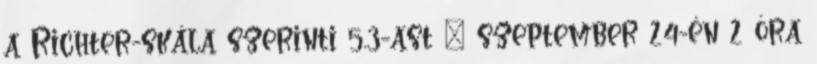
a Richter-skála szerinti 5,3-ast – szeptember 24-én 2 óra